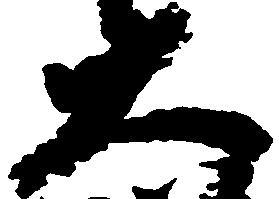
大